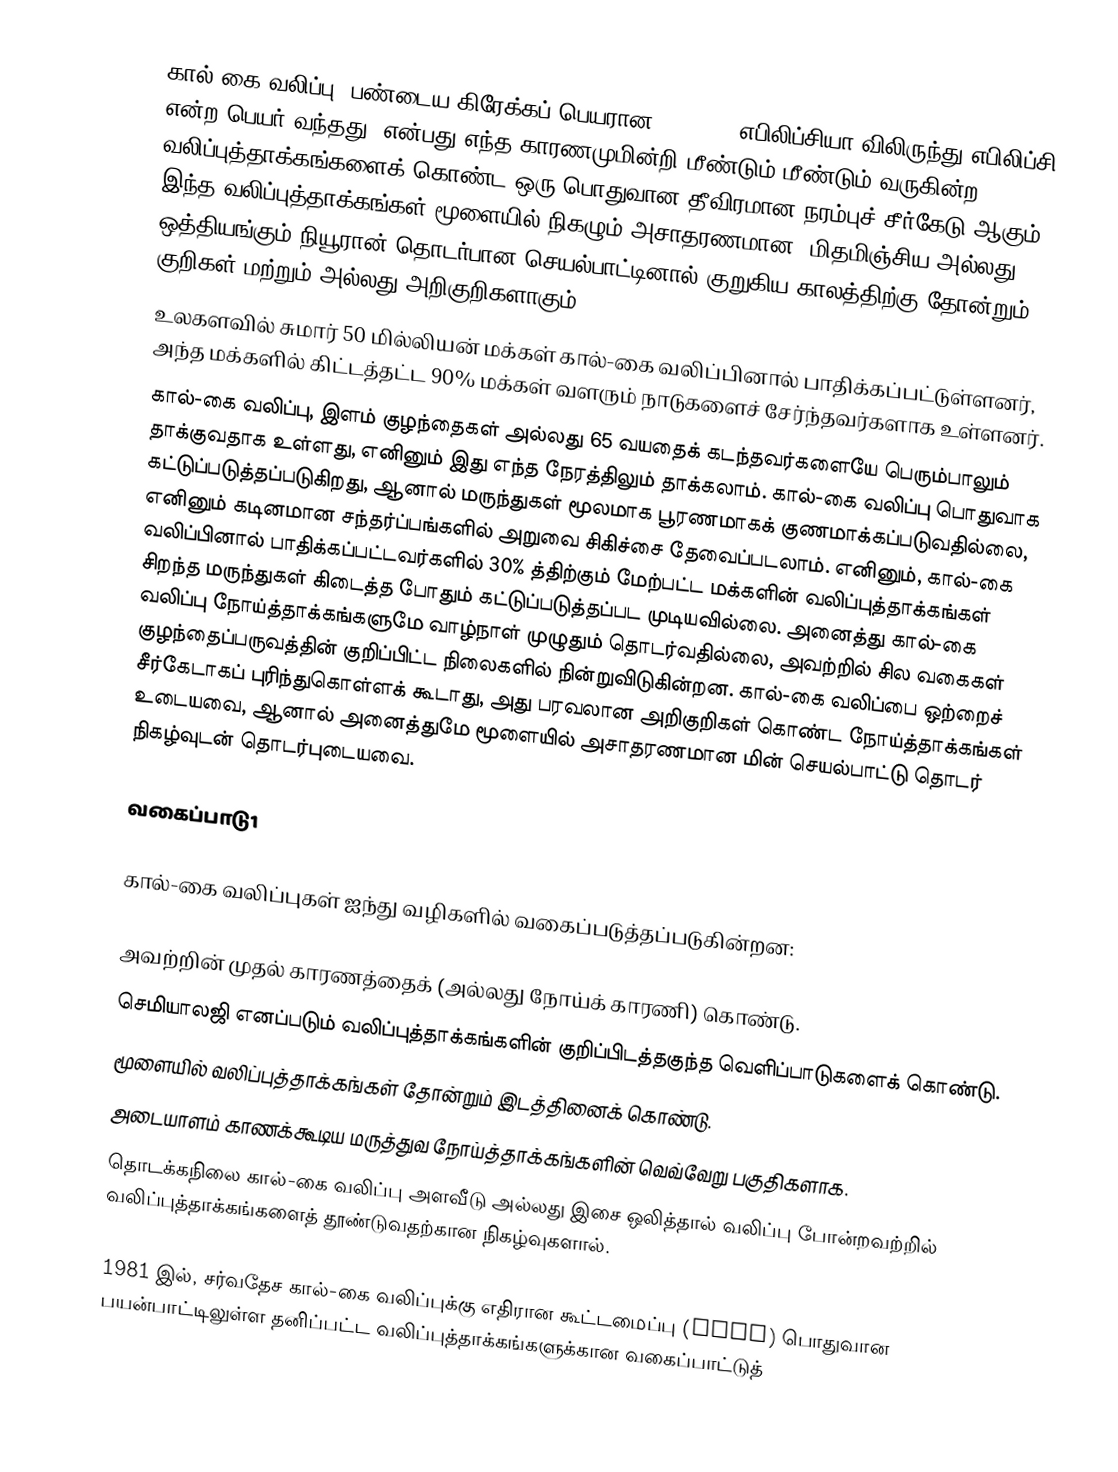
கால்-கை வலிப்பு (பண்டைய கிரேக்கப் பெயரான ἐπιληψία எபிலிப்சியா விலிருந்து எபிலிப்சி என்ற பெயர் வந்தது) என்பது எந்த காரணமுமின்றி மீண்டும் மீண்டும் வருகின்ற வலிப்புத்தாக்கங்களைக் கொண்ட ஒரு பொதுவான தீவிரமான நரம்புச் சீர்கேடு ஆகும். இந்த வலிப்புத்தாக்கங்கள் மூளையில் நிகழும் அசாதரணமான, மிதமிஞ்சிய அல்லது ஒத்தியங்கும் நியூரான் தொடர்பான செயல்பாட்டினால் குறுகிய காலத்திற்கு தோன்றும் குறிகள் மற்றும்/அல்லது அறிகுறிகளாகும்.
உலகளவில் சுமார் 50 மில்லியன் மக்கள் கால்-கை வலிப்பினால் பாதிக்கப்பட்டுள்ளனர், அந்த மக்களில் கிட்டத்தட்ட 90% மக்கள் வளரும் நாடுகளைச் சேர்ந்தவர்களாக உள்ளனர்.
கால்-கை வலிப்பு, இளம் குழந்தைகள் அல்லது 65 வயதைக் கடந்தவர்களையே பெரும்பாலும் தாக்குவதாக உள்ளது, எனினும் இது எந்த நேரத்திலும் தாக்கலாம். கால்-கை வலிப்பு பொதுவாக கட்டுப்படுத்தப்படுகிறது, ஆனால் மருந்துகள் மூலமாக பூரணமாகக் குணமாக்கப்படுவதில்லை, எனினும் கடினமான சந்தர்ப்பங்களில் அறுவை சிகிச்சை தேவைப்படலாம். எனினும், கால்-கை வலிப்பினால் பாதிக்கப்பட்டவர்களில் 30% த்திற்கும் மேற்பட்ட மக்களின் வலிப்புத்தாக்கங்கள் சிறந்த மருந்துகள் கிடைத்த போதும் கட்டுப்படுத்தப்பட முடியவில்லை. அனைத்து கால்-கை வலிப்பு நோய்த்தாக்கங்களுமே வாழ்நாள் முழுதும் தொடர்வதில்லை, அவற்றில் சில வகைகள் குழந்தைப்பருவத்தின் குறிப்பிட்ட நிலைகளில் நின்றுவிடுகின்றன. கால்-கை வலிப்பை ஒற்றைச் சீர்கேடாகப் புரிந்துகொள்ளக் கூடாது, அது பரவலான அறிகுறிகள் கொண்ட நோய்த்தாக்கங்கள் உடையவை, ஆனால் அனைத்துமே மூளையில் அசாதரணமான மின் செயல்பாட்டு தொடர் நிகழ்வுடன் தொடர்புடையவை.

வகைப்பாடு1

கால்-கை வலிப்புகள் ஐந்து வழிகளில் வகைப்படுத்தப்படுகின்றன:

 அவற்றின் முதல் காரணத்தைக் (அல்லது நோய்க் காரணி) கொண்டு.
 செமியாலஜி எனப்படும் வலிப்புத்தாக்கங்களின் குறிப்பிடத்தகுந்த வெளிப்பாடுகளைக் கொண்டு.
 மூளையில் வலிப்புத்தாக்கங்கள் தோன்றும் இடத்தினைக் கொண்டு.
 அடையாளம் காணக்கூடிய மருத்துவ நோய்த்தாக்கங்களின் வெவ்வேறு பகுதிகளாக.
 தொடக்கநிலை கால்-கை வலிப்பு அளவீடு அல்லது இசை ஒலித்தால் வலிப்பு போன்றவற்றில் வலிப்புத்தாக்கங்களைத் தூண்டுவதற்கான நிகழ்வுகளால்.

1981 இல், சர்வதேச கால்-கை வலிப்புக்கு எதிரான கூட்டமைப்பு (ILAE) பொதுவான பயன்பாட்டிலுள்ள தனிப்பட்ட வலிப்புத்தாக்கங்களுக்கான வகைப்பாட்டுத்